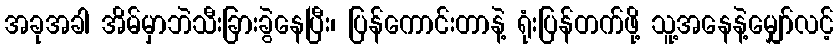
အခုအခါ အိမ်မှာဘဲသီးခြားခွဲနေပြီး၊ ပြန်ကောင်းတာနဲ့ ရုံးပြန်တက်ဖို့ သူ့အနေနဲ့မျှော်လင့်